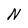
Character: N